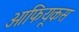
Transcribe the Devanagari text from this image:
ओफियूकस